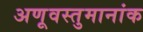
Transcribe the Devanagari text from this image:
अणूवस्तुमानांक